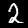
Digit: 2